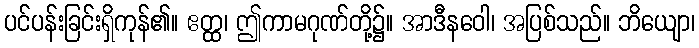
ပင်ပန်းခြင်းရှိကုန်၏။ ဧတ္ထ၊ ဤကာမဂုဏ်တို့၌။ အာဒီနဝေါ၊ အပြစ်သည်။ ဘိယျော၊